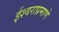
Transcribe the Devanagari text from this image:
ईश्वराप्रमाणे